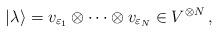
LaTeX: \begin{align*}|\lambda \rangle =v_{\varepsilon _{1}}\otimes \cdots \otimes v_{\varepsilon_{N}}\in V^{\otimes N}\,, \end{align*}